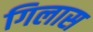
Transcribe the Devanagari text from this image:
गिलास